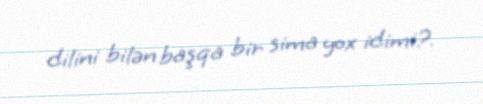
dilini bilən başqa bir sima yox idimi?.